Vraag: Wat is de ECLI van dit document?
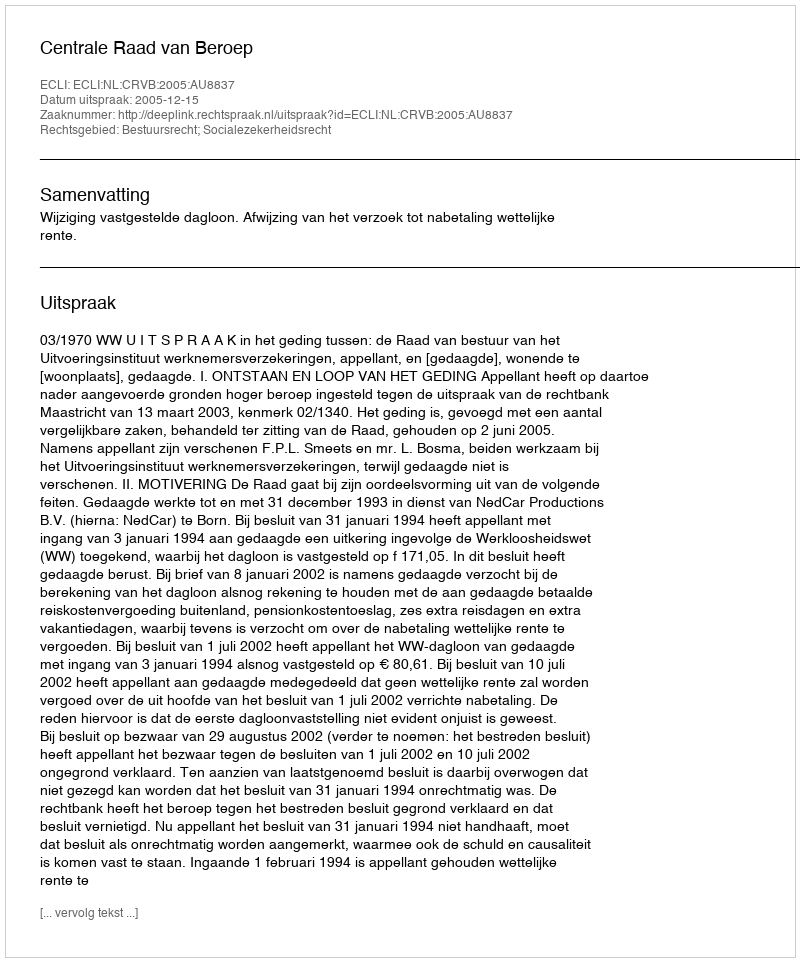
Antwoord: ECLI:NL:CRVB:2005:AU8837